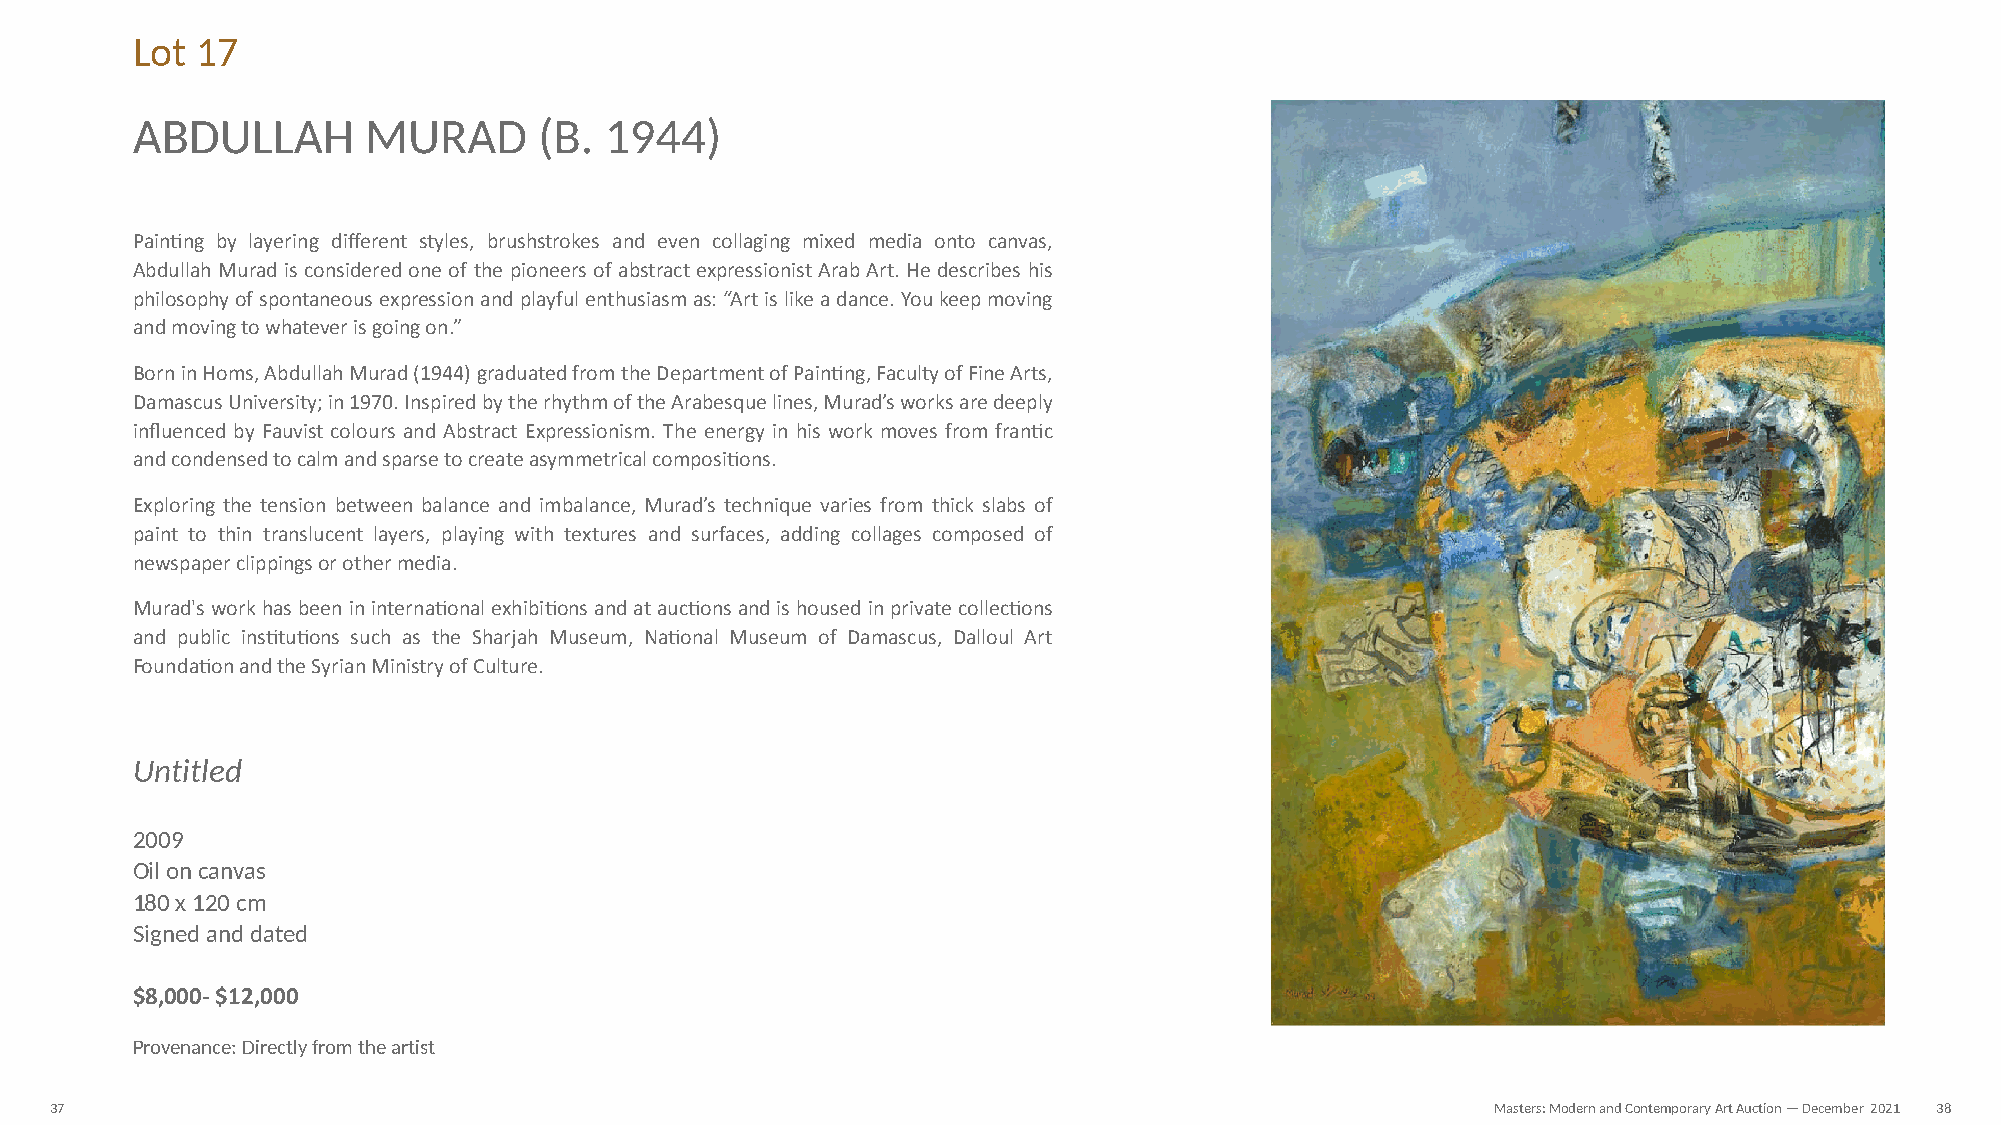
Lot 17
 ABDULLAH       MURAD       (B. 1944)
 PainNng by layering different styles, brushstrokes and even collaging mixed media onto canvas,
 Abdullah Murad is considered one of the pioneers of abstract expressionist Arab Art. He describes his
 philosophy of spontaneous expression and playful enthusiasm as: “Art is like a dance. You keep moving
 and moving to whatever is going on.”
 Born in Homs, Abdullah Murad (1944) graduated from the Department of PainNng, Faculty of Fine Arts,
 Damascus University; in 1970. Inspired by the rhythm of the Arabesque lines, Murad’s works are deeply
 influenced by Fauvist colours and Abstract Expressionism. The energy in his work moves from franNc
 and condensed to calm and sparse to create asymmetrical composiNons.
 Exploring the tension between balance and imbalance, Murad’s technique varies from thick slabs of
 paint to thin translucent layers, playing with textures and surfaces, adding collages composed of
 newspaper clippings or other media.
 Murad's work has been in internaNonal exhibiNons and at aucNons and is housed in private collecNons
 and public insNtuNons such as the Sharjah Museum, NaNonal Museum of Damascus, Dalloul Art
 FoundaNon and the Syrian Ministry of Culture.
 Untitled
 2009
 Oil on canvas
 180 x 120 cm
 Signed and dated
 $8,000- $12,000
 Provenance: Directly from the artist
 37                                                                                              Masters: Modern and Contemporary Art Auction — December 2021 38